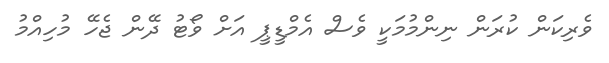
ވެރިކަން ކުރަން ނިންމުމަކީ ވެސް އެމްޑީޕީ އަށް ވޯޓު ދޭން ޖެހޭ މުހިއްމު